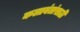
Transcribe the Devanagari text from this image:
कलावंतांसाठी